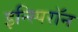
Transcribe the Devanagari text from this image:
इन्स्पिरॉन